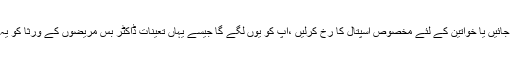
پنجاب سے متصل خیبر پختونخوا کے ضلع ڈیرہ اسماعیل خان کے ڈی ایچ کیو اسپتال میں چلے جائیں یا خواتین کے لئے مخصوص اسپتال کا رُخ کرلیں ،آپ کو یوں لگے گا جیسے یہاں تعینات ڈاکٹر بس مریضوں کے ورثا کو یہ بتانے کے لئے بیٹھے ہیں کہ اسے نشتر اسپتال ملتان لے جائو ،اس کی حالت بہت خراب ہے ۔